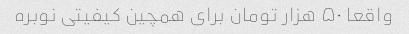
واقعا ۵۰ هزار تومان برای همچین کیفیتی نوبره